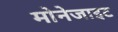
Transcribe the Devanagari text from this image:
मोनेजाइट